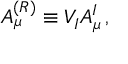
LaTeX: A _ { \mu } ^ { ( R ) } \equiv V _ { I } A _ { \mu } ^ { I } \, ,